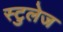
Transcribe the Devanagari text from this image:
स्टुलेज